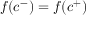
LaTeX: f ( c ^ { - } ) = f ( c ^ { + } )